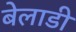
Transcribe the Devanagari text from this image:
बेलाडी